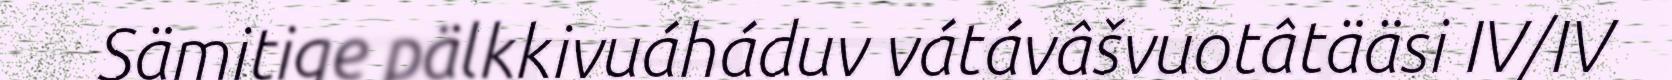
Sämitige pälkkivuáháduv vátávâšvuotâtääsi IV/IV